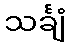
သင်္ချံ